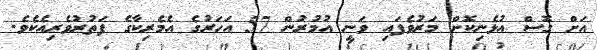
އަށް ގޮސް އުޅެނިކޮށް މަރުވެފައި ވަނީ އުމުރުން 57 އަހަރުގެ އެމެރިކާގެ ފަތުރުވެރިއެކެވެ.